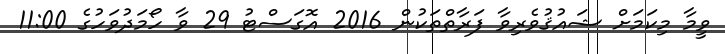
ވީމާ މިކަމަށް ޝައުޤުވެރިވާ ފަރާތްތަކުން 2016 އޮގަސްޓު 29 ވާ ހޯމަދުވަހުގެ 11:00